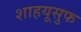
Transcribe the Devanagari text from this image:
शाहयूसुफ